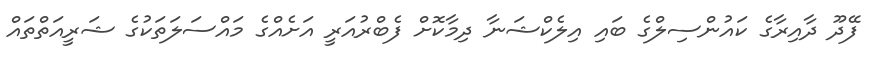
ފޭދޫ ދާއިރާގެ ކައުންސިލްގެ ބައި އިލެކްޝަނާ ދިމާކޮށް ފެބްރުއަރީ އަށެއްގެ މައްސަލަތަކުގެ ޝަރީއަތްތައް